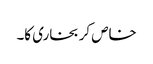
خاص کر بخاری کا۔